Enquiry on enteric fever in India - Number 32
Disease focus: Fever
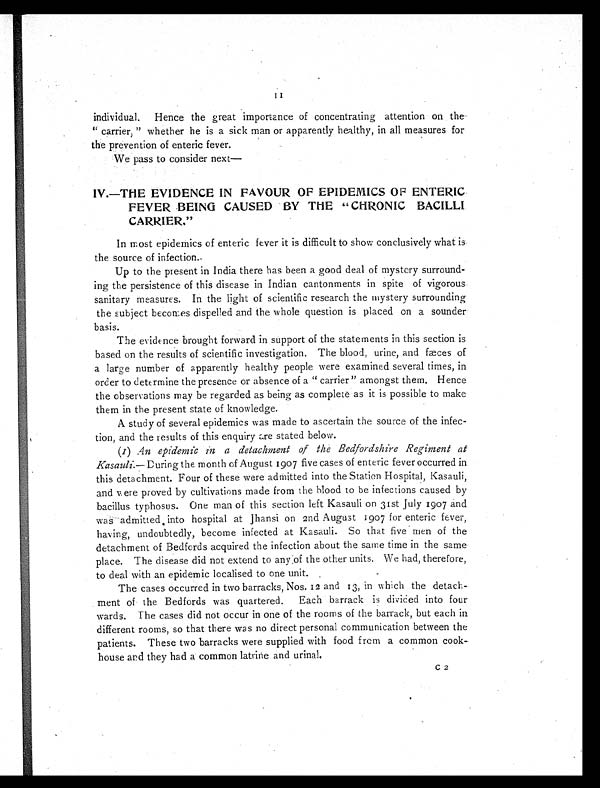
individual. Hence the great importance of concentrating attention on the-
" c a r r i e r , " w h e t h e r h e i s a s i c k m a n o r a p p a r e n t l y h e a l t h y , i n a l l m e a s u r e s f o r
the prevention of enteric fever.
We pass to consider next
—
IV.—THE EVIDENCE IN FAVOUR OF EPIDEMICS OF ENTERIC
FEVER BEING CAUSED BY THE " CHRONIC BACILLI
CARRIER."
In most epidemics of enteric fever it is difficult to show conclusively what is
the. source of infection.-
Up to the present in India there has been a good deal of mystery surround-
ing the persistence of this disease in Indian cantonments in spite of vigorous
sanitary measures. In the light of scientific research the mystery surrounding
the subject becomes dispelled and the whole question is placed on a sounder
basis.
The evidence brought forward in support of the statements in this section is
based on the results of scientific investigation. The blood, urine, and fæces of
a large number of apparently healthy people were examined several times, in
order to determine the presence or absence of a " carrier" amongst them. Hence
the observations may be regarded as being as complete as it is possible to make
them in the present state of knowledge.
A study of several epidemics was made to ascertain the source of the infec-
tion, and the results of this enquiry are stated below.
(1) An epidemic in a detachment of the Bedfordshire Regiment at
Kasauli. —During the month of August 1907 five cases of enteric fever occurred in
this detachment. Four of these were admitted into the Station Hospital, Kasauli,
and were proved by cultivations made from the blood to be infections caused by
bacillus typhosus. One man of this section left Kasauli on 31st July 1907 and
was amdmitted into hospital at Jhansi on 2nd August 1907 for enteric fever,
having, undoubtedly, become infected at Kasauli. So that five men of the
detachment of Bedfords acquired the infection about the same time in the same
place. The disease did not extend to any of the other units. We had, therefore,
to deal with an epidemic localised to one unit.
-
The cases occurred in two barracks, Nos. 12 and 13, in which the detach-
ment of the Bedfords was quartered. Each barrack is divided into four
wards. The cases did not occur in one of the rooms of the barrack, but each in
different rooms, so that there was no direct personal communication between the
patients. These two barracks were supplied with food from a common cook-
house and they had a common latrine and urinal.
C 2